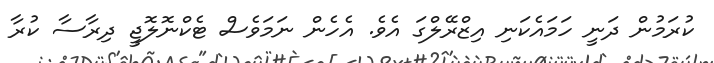
ކުރަމުން ދަނީ ހަމައެކަނި އިޒްރޭލްގަ އެވެ. އެހެން ނަމަވެސް ޓެކްނޮލޮޖީ ދިރާސާ ކުރާ